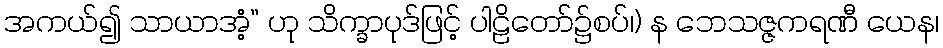
အကယ်၍ သာယာအံ့” ဟု သိက္ခာပုဒ်ဖြင့် ပါဠိတော်၌စပ်၊) န ဘေသဇ္ဇကရဏီ ယေန၊